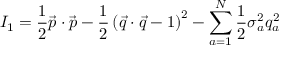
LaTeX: I _ { 1 } = \frac { 1 } { 2 } \vec { p } \cdot \vec { p } - \frac { 1 } { 2 } \left( \vec { q } \cdot \vec { q } - 1 \right) ^ { 2 } - \sum _ { a = 1 } ^ { N } \frac { 1 } { 2 } \sigma _ { a } ^ { 2 } q _ { a } ^ { 2 }